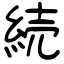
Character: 続